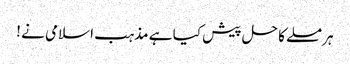
ہر مسلے کا حل پیش کیا ہے مذہب اسلامی نے !